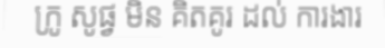
ក្រូ សូផ្វ មិន គិតគូរ ដល់ ការងារ